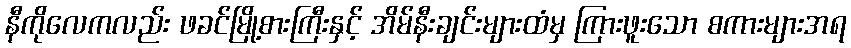
နီကိုလေကလည်း ဖခင်မြို့စားကြီးနှင့် အိမ်နီးချင်းများထံမှ ကြားဖူးသော စကားများအရ